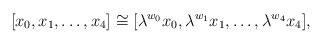
LaTeX: \begin{align*}[x_0,x_1,\ldots,x_4] \cong [\lambda^{w_0}x_0,\lambda^{w_1}x_1, \ldots,\lambda^{w_4}x_4],\end{align*}